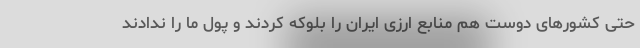
حتى کشورهاى دوست هم منابع ارزى ایران را بلوکه کردند و پول ما را ندادند